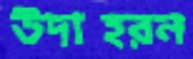
উদাহরন